Calcutta medical institutions reports 1879-81 [i.e.91]
Year: 1879
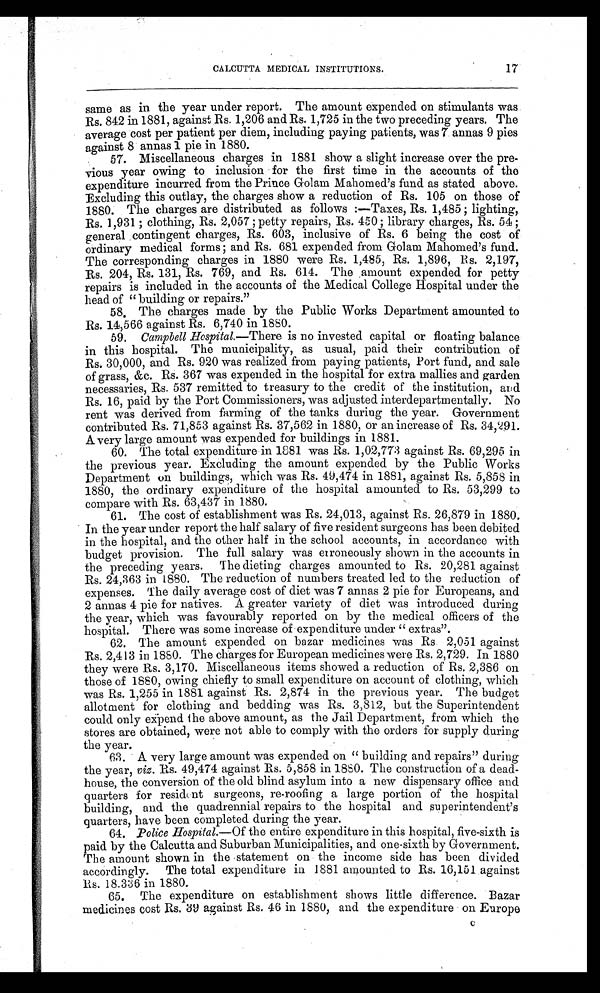
17
CALCUTTA MEDICAL INSTITUTIONS.
same as in the year under report. The amount expended on stimulants was
Rs. 842 in 1881, against Rs. 1,206 and Rs. 1,725 in the two preceding years. The
average cost per patient per diem, including paying patients, was 7 annas 9 pies
against 8 annas 1 pie in 1880.
57. Miscellaneous charges in 1881 show a slight increase over the pre
-
vious year owing to inclusion for the first time in the accounts of the
expenditure incurred from the Prince Golam Mahomed's fund as stated above.
Excluding this outlay, the charges show a reduction of Rs. 105 on those of
1880. The charges are distributed as follows :—Taxes, Rs. 1,485 ; lighting,
Rs. 1,931 ; clothing, Rs. 2,057 ; petty repairs, Rs. 450 ; library charges, Rs. 54 ;
general contingent charges, Rs. 603, inclusive of Rs. 6 being the cost of
ordinary medical forms ; and Rs. 681 expended from Golam Mahomed's fund.
The corresponding charges in 1880 were Rs. 1,485, Rs. 1,896, Rs. 2,197,
Rs. 204, Rs. 131, Rs. 769, and Rs. 614. The amount expended for petty
repairs is included in the accounts of the Medical College Hospital under the
head of " building or repairs."
58. The charges made by the Public Works Department amounted to
Rs. 14,566 against Rs. 6,740 in 1880.
59.
Campbell Hospital.—There is no invested capital or floating balance
in this hospital. The municipality, as usual, paid their contribution of
Rs. 30,000, and Rs. 920 was realized from paying patients, Port fund, and sale
of grass, &c. Rs. 367 was expended in the hospital for extra mallies and garden
necessaries, Rs. 537 remitted to treasury to the credit of the institution, and
Rs. 16, paid by the Port Commissioners, was adjusted interdepartmentally. No
rent was derived from farming of the tanks during the year. Government
contributed Rs. 71,853 against Rs. 37,562 in 1880, or an increase of Rs. 34,291.
A very large amount was expended for buildings in 1881.
60. The total expenditure in 1881 was Rs. 1,02,773 against Rs. 69,295 in
the previous year. Excluding the amount expended by the Public Works
Department on buildings, which was Rs. 49,474 in 1881, against Rs. 5,858 in
1880, the ordinary expenditure of the hospital amounted to Rs. 53,299 to
compare with Rs. 63,437 in 1880.
61. The cost of establishment was Rs. 24,013, against Rs. 26,879 in 1880.
In the year under report the half salary of five resident surgeons has been debited
in the hospital, and the other half in the school accounts, in accordance with
budget provision. The full salary was erroneously shown in the accounts in
the preceding years. The dieting charges amounted to Rs. 20,281 against
Rs. 24,363 in 1880. The reduction of numbers treated led to the reduction of
e x p e n s e s . T h e d a i l y a v e r a g e c o s t o f d i e t wa s 7 a n n a s 2 p i e f o r E u r o p e a n s , a n d
2 annas 4 pie for natives. A greater variety of diet was introduced during
the year, which was favourably reported on by the medical officers of the
hospital. There was some increase of expenditure under " extras".
62. The amount expended on bazar medicines was Rs. 2,051 against
Rs. 2,413 in 1880. The charges for European medicines were Rs. 2,729. In 1880
they were Rs. 3,170. Miscellaneous items showed a reduction of Rs. 2,386 on
those of 1880, owing chiefly to small expenditure on account of clothing, which
was Rs. 1,255 in 1881 against Rs. 2,874 in the previous year. The budget
allotment for clothing and bedding was Rs. 3,812, but the Superintendent
could only expend the above amount, as the Jail Department, from which the
stores are obtained, were not able to comply with the orders for supply during
the year.
63. A very large amount was expended on "building and repairs" during
the year, viz . Rs. 49,474 against Rs. 5,858 in 1880. The construction of a dead
-
house, the conversion of the old blind asylum into a new dispensary office and
quarters for resident surgeons, re-roofing a large portion of the hospital
building, and the quadrennial repairs to the hospital and superintendent's
quarters, have been completed during the year.
64. Police Hospital .—Of the entire expenditure in this hospital, five-sixth is
paid by the Calcutta and Suburban Municipalities, and one-sixth by Government.
The amount shown in the statement on the income side has been divided
accordingly. The total expenditure in 1881 amounted to Rs. 16,151 against
R s . 1 8 . 3 3 6 i n 1 8 8 0 .
65. The expenditure on establishment shows little difference. Bazar
medicines cost Rs. 39 against Rs. 46 in 1880, and the expenditure on Europe